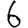
Digit: 6